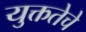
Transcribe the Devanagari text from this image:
युक्ततेचे